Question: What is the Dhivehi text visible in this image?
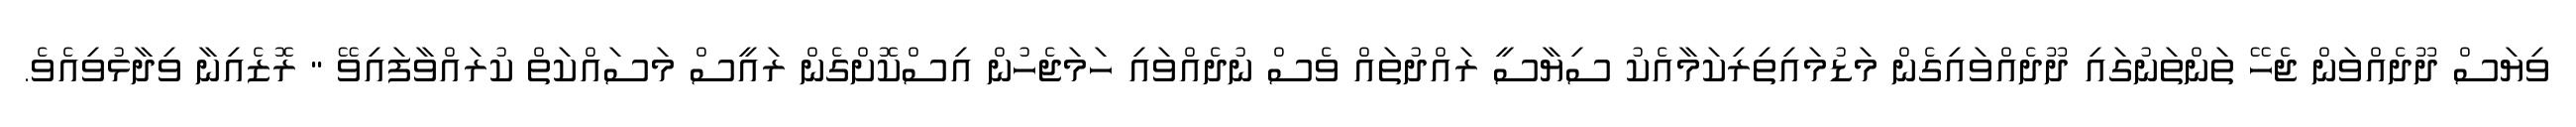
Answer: ވިޔަސް ދޫދެއްވަން ޖެހޭ ތަންތަނުގައި ދޫދެއްވައިގެން މަޑުމައިތިރިކަމާއެކު ސިޔާސީ ރައްދުތައް ވެސް ނުދެއްވައި ހަމަޖެހުން އިސްކޮށްގެން ރައީސް މަސައްކަތް ކުރައްވާފައިވޭ " ރޮޒެއިނާ ވިދާޅުވިއެވެ.